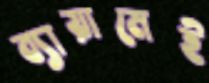
ব্যায়ামেই